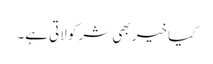
کیا خیر بھی شر کو لاتی ہے۔